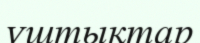
ұштықтар